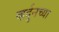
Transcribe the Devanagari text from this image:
व्हर्दुनच्या